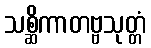
သစ္ဆိကာတဗ္ဗသုတ္တံ